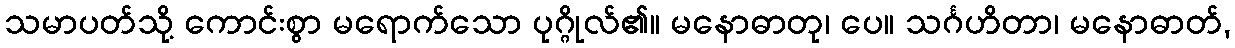
သမာပတ်သို့ ကောင်းစွာ မရောက်သော ပုဂ္ဂိုလ်၏။ မနောဓာတု၊ ပေ။ သင်္ဂဟိတာ၊ မနောဓာတ်,